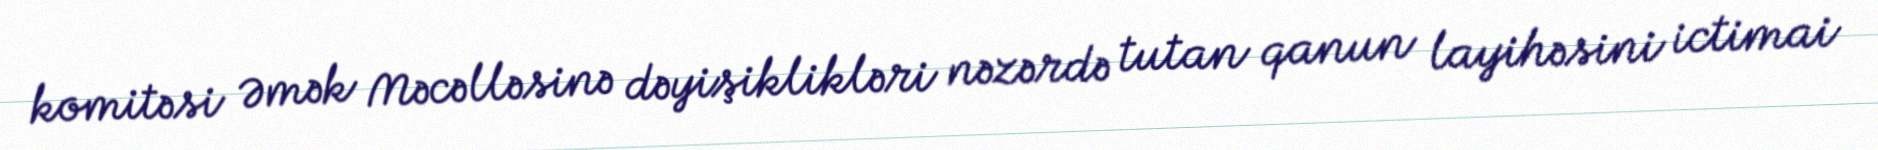
komitəsi Əmək Məcəlləsinə dəyişiklikləri nəzərdə tutan qanun layihəsini ictimai